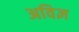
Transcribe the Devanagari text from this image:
अविज्ञ